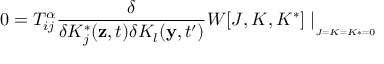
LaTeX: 0 = T _ { i j } ^ { \alpha } \frac { \delta } { \delta K _ { j } ^ { * } ( \mathbf { z } , t ) \delta K _ { l } ( \mathbf { y } , t ^ { \prime } ) } W [ J , K , K ^ { * } ] \mid _ { _ { _ { J = K = K * = 0 } } }